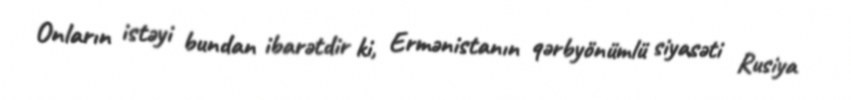
Onların istəyi bundan ibarətdir ki, Ermənistanın qərbyönümlü siyasəti Rusiya